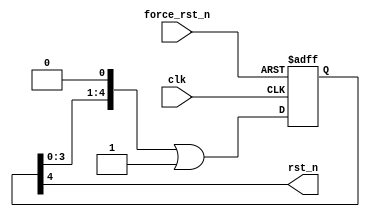
/**********************************************************************
 * DO WHAT THE FUCK YOU WANT TO AND DON'T BLAME US PUBLIC LICENSE     *
 *                    Version 3, April 2008                           *
 *                                                                    *
 * Copyright (C) 2018 Luke Wren                                       *
 *                                                                    *
 * Everyone is permitted to copy and distribute verbatim or modified  *
 * copies of this license document and accompanying software, and     *
 * changing either is allowed.                                        *
 *                                                                    *
 *   TERMS AND CONDITIONS FOR COPYING, DISTRIBUTION AND MODIFICATION  *
 *                                                                    *
 * 0. You just DO WHAT THE FUCK YOU WANT TO.                          *
 * 1. We're NOT RESPONSIBLE WHEN IT DOESN'T FUCKING WORK.             *
 *                                                                    *
 *********************************************************************/

// Two-stage reset generator.
// First stage consists of a shift register, which is more reliable
// immediately after power-on when PLLs and external resets can be glitchy.
// Second stage is a counter, which is more efficient for long reset delays
// (e.g. on iCE40 where the BRAMs are invalid for ~3 us after reset)

module fpga_reset #(
	parameter SHIFT = 5,
	parameter COUNT = 0,
	parameter W_CTR = $clog2(COUNT + 1) // let this default
) (
	input wire clk,
	input wire force_rst_n, // tie to e.g. PLL locks, (synchronised) external button
	output wire rst_n
);

(* keep = 1'b1 *) wire stage1_out;

generate
if (SHIFT != 0) begin: has_shifter
	(* keep = 1'b1 *) reg [SHIFT-1:0] shift = {SHIFT{1'b0}};
	always @ (posedge clk or negedge force_rst_n) begin
		if (!force_rst_n) begin
			shift <= {SHIFT{1'b0}};
		end else begin
			shift <= (shift << 1) | 1'b1;
		end
	end
	assign stage1_out = shift[SHIFT-1];
end else begin: no_shifter
	assign stage1_out = force_rst_n;
end
endgenerate

generate
if (COUNT != 0) begin: has_counter
	(* keep = 1'b1 *) reg [W_CTR-1:0] ctr = COUNT;
	(* keep = 1'b1 *) reg ctr_zero = 1'b0;
	always @ (posedge clk or negedge stage1_out) begin
		if (!stage1_out) begin
			ctr <= COUNT;
			ctr_zero <= 1'b0;
		end else begin
			ctr <= ctr - |ctr;
			ctr_zero <= ~|ctr;
		end
	end
	assign rst_n = ctr_zero;
end else begin: no_counter
	assign rst_n = stage1_out;
end
endgenerate

endmodule